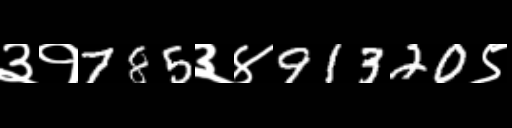
Text: ३१785३४91320९